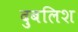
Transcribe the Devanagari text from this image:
दुबलिश